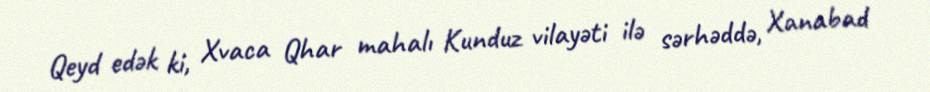
Qeyd edək ki, Xvaca Qhar mahalı Kunduz vilayəti ilə sərhəddə, Xanabad